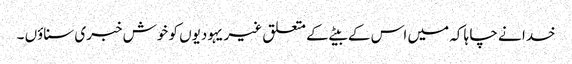
خدا نے چا ہا کہ میں اس کے بیٹے کے متعلق غیر یہودیوں کو خوش خبری سناؤں ۔